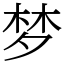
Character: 梦